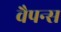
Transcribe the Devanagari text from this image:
वैपन्स